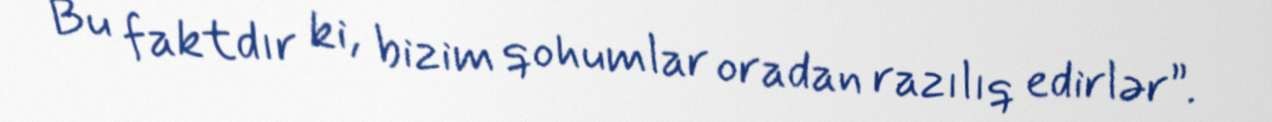
Bu faktdır ki, bizim qohumlar oradan razılıq edirlər”.